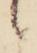
候